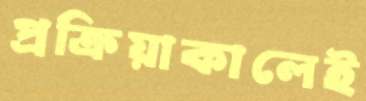
প্রক্রিয়াকালেই